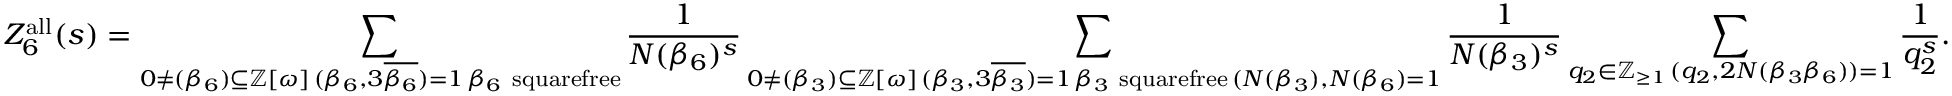
Z _ { 6 } ^ { \mathrm { a l l } } ( s ) = \sum _ { \substack { 0 \neq ( \beta _ { 6 } ) \subseteq \ensuremath { \mathbb Z } [ \omega ] \, ( \beta _ { 6 } , 3 \overline { { \beta _ { 6 } } } ) = 1 \, \beta _ { 6 } \mathrm { ~ s q u a r e f r e e } } } \frac { 1 } { N ( \beta _ { 6 } ) ^ { s } } \sum _ { \substack { 0 \neq ( \beta _ { 3 } ) \subseteq \ensuremath { \mathbb Z } [ \omega ] \, ( \beta _ { 3 } , 3 \overline { { \beta _ { 3 } } } ) = 1 \, \beta _ { 3 } \mathrm { ~ s q u a r e f r e e } \, ( N ( \beta _ { 3 } ) , N ( \beta _ { 6 } ) = 1 } } \frac { 1 } { N ( \beta _ { 3 } ) ^ { s } } \sum _ { \substack { q _ { 2 } \in \ensuremath { \mathbb Z } _ { \geq 1 } \, ( q _ { 2 } , 2 N ( \beta _ { 3 } \beta _ { 6 } ) ) = 1 } } \frac { 1 } { q _ { 2 } ^ { s } } .